Indian journal of veterinary science and animal husbandry - Volumes 24-25, 1954-1955
Year: 1954
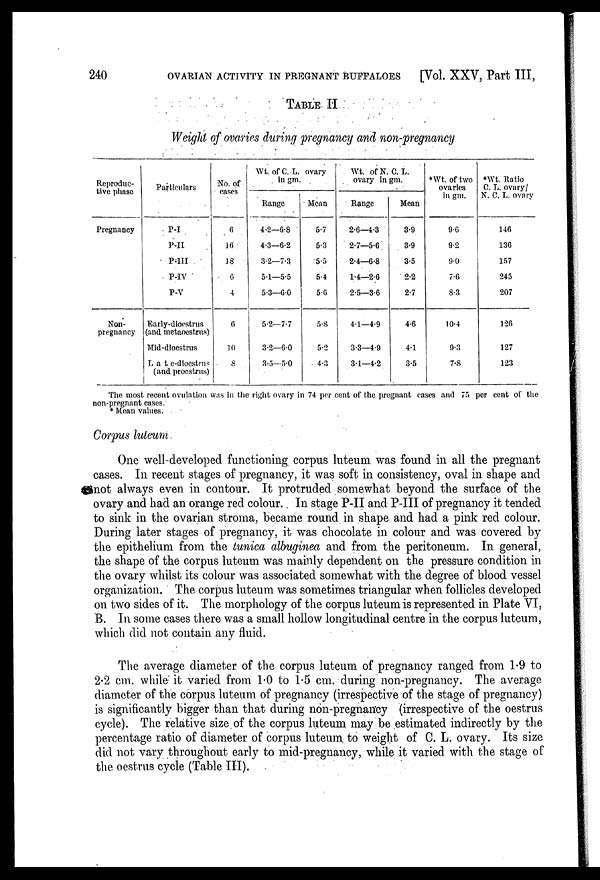
240
OVARIAN ACTIVITY IN PREGNANT BUFFALOES
[Vol. XXV, Part III,
TABLE II
Weight of ovaries during pregnancy and non-pregnancy
Reproduc-
tive phase
Pregnancy
Non-
pregnancy
Particulars
P-I
P-II
P-III
P-IV
P-V
Early-dioestrus
(and metaoestrus)
Mid-dioestrus
Late-dioestrus
(and proestrus)
No. of
cases
6
16
18
6
4
6
10
8
Wt. of C. L. ovary
Range
4.2—6.8
4.3—6.2
3.2—7.3
5.1—5.5
5.3—6.0
5.2—7.7
3.2—6.0
3.5—5.0
Mean
5.7
5.3
5.5
5.4
5.6
5.8
5.2
4.3
Wt. of N. C. L.
ovary in gm.
Range
2.6—4.3
2.7—5.6
2.4—6.8
1.4—2.6
2.5—3.6
4.1—4.9
3.3—4.9
3.1—4.2
Mean
3.9
3.9
3.5
2.2
2.7
4.6
4.1
3.5
*Wt. of two
ovaries
in gm.
9.6
9.2
9.0
7.6
8.3
10.4
9.3
7.8
*Wt. Ratio
C. L. ovary/
N. C. L. ovary
146
136
157
245
207
126
127
123
The most recent ovulation was in the right ovary in 74 per cent of the pregnant cases and 75 per cent of the
non-pregnant cases.
* Mean values.
Corpus luteum
One well-developed functioning corpus luteum was found in all the pregnant
cases. In recent stages of pregnancy, it was soft in consistency, oval in shape and
not always even in contour. It protruded somewhat beyond the surface of the
ovary and had an orange red colour. In stage P-II and P-III of pregnancy it tended
to sink in the ovarian stroma, became round in shape and had a pink red colour.
During later stages of pregnancy, it was chocolate in colour and was covered by
the epithelium from the tunica albuginea and from the peritoneum. In general,
the shape of the corpus luteum was mainly dependent on the pressure condition in
the ovary whilst its colour was associated somewhat with the degree of blood vessel
organization. The corpus luteum was sometimes triangular when follicles developed
on two sides of it. The morphology of the corpus luteum is represented in Plate VI,
B. In some cases there was a small hollow longitudinal centre in the corpus luteum,
which did not contain any fluid.
The average diameter of the corpus luteum of pregnancy ranged from 1.9 to
2.2 cm. while it varied from 1.0 to 1.5 cm. during non-pregnancy. The average
diameter of the corpus luteum of pregnancy (irrespective of the stage of pregnancy)
is significantly bigger than that during non-pregnancy (irrespective of the oestrus
cycle). The relative size of the corpus luteum may be estimated indirectly by the
percentage ratio of diameter of corpus luteum to weight of C. L. ovary. Its size
did not vary throughout early to mid-pregnancy, while it varied with the stage of
the oestrus cycle (Table III).